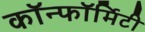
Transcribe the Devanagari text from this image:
कॉन्फॉर्मिटी